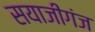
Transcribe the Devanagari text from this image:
सयाजीगंज